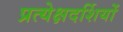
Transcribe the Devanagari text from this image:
प्रत्येक्षदर्शियों